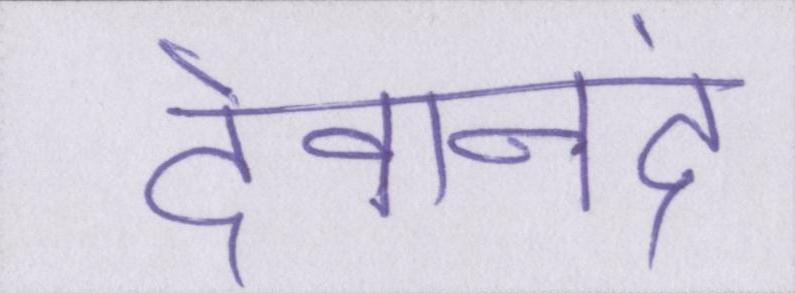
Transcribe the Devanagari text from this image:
देवानंद